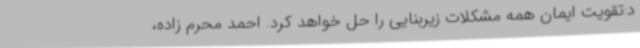
د:تقویت ایمان همه مشکلات زیربنایی را حل خواهد کرد. احمد محرم زاده،